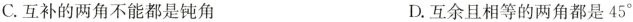
C.互补的两角不能都是钝角 D.互余且相等的两角都是45^{\circ}